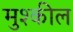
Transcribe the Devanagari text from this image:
मुश्कील